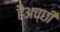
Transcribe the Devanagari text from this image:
हैअच्छी